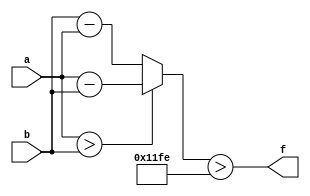
module wce_mit(a, b, f);
parameter _bit = 18;
parameter wce = 4606;
input [_bit - 1: 0] a;
input [_bit - 1: 0] b;
output f;
wire [_bit - 1: 0] diff;
assign diff = (a > b)? (a - b): (b - a);
assign f = (diff > wce);
endmodule